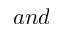
a n d